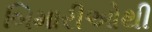
બિમારીઓથી